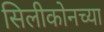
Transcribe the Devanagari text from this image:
सिलीकोनच्या